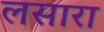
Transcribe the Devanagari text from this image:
लसारा